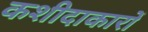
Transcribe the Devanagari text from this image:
कशीदाकारों